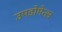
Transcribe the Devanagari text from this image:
उपडोमेन्स